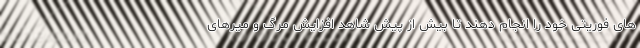
های فوریتی خود را انجام دهند تا بیش از پیش شاهد افزایش مرگ و میرهای